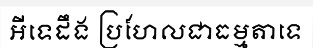
អីទេដឹង ប្រហែលជាធម្មតាទេ